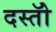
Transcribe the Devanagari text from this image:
दस्तोॅ